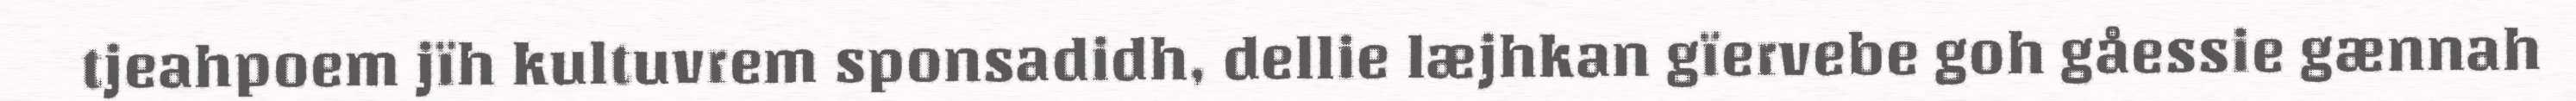
tjeahpoem jïh kultuvrem sponsadidh, dellie læjhkan gïervebe goh gåessie gænnah